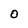
Character: o